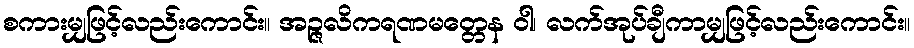
စကားမျှဖြင့်လည်းကောင်း။ အဉ္ဇလိကရဏမတ္တေန ဝါ၊ လက်အုပ်ချီကာမျှဖြင့်လည်းကောင်း။